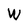
Character: W